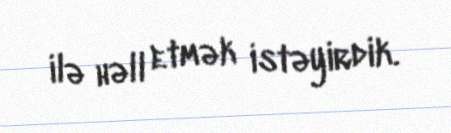
ilə həll etmək istəyirdik.